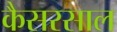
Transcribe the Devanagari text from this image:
कैसरसाल